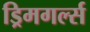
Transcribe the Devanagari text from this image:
ड्रिमगर्ल्स